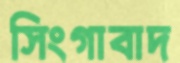
সিংগাবাদ